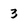
Character: 3